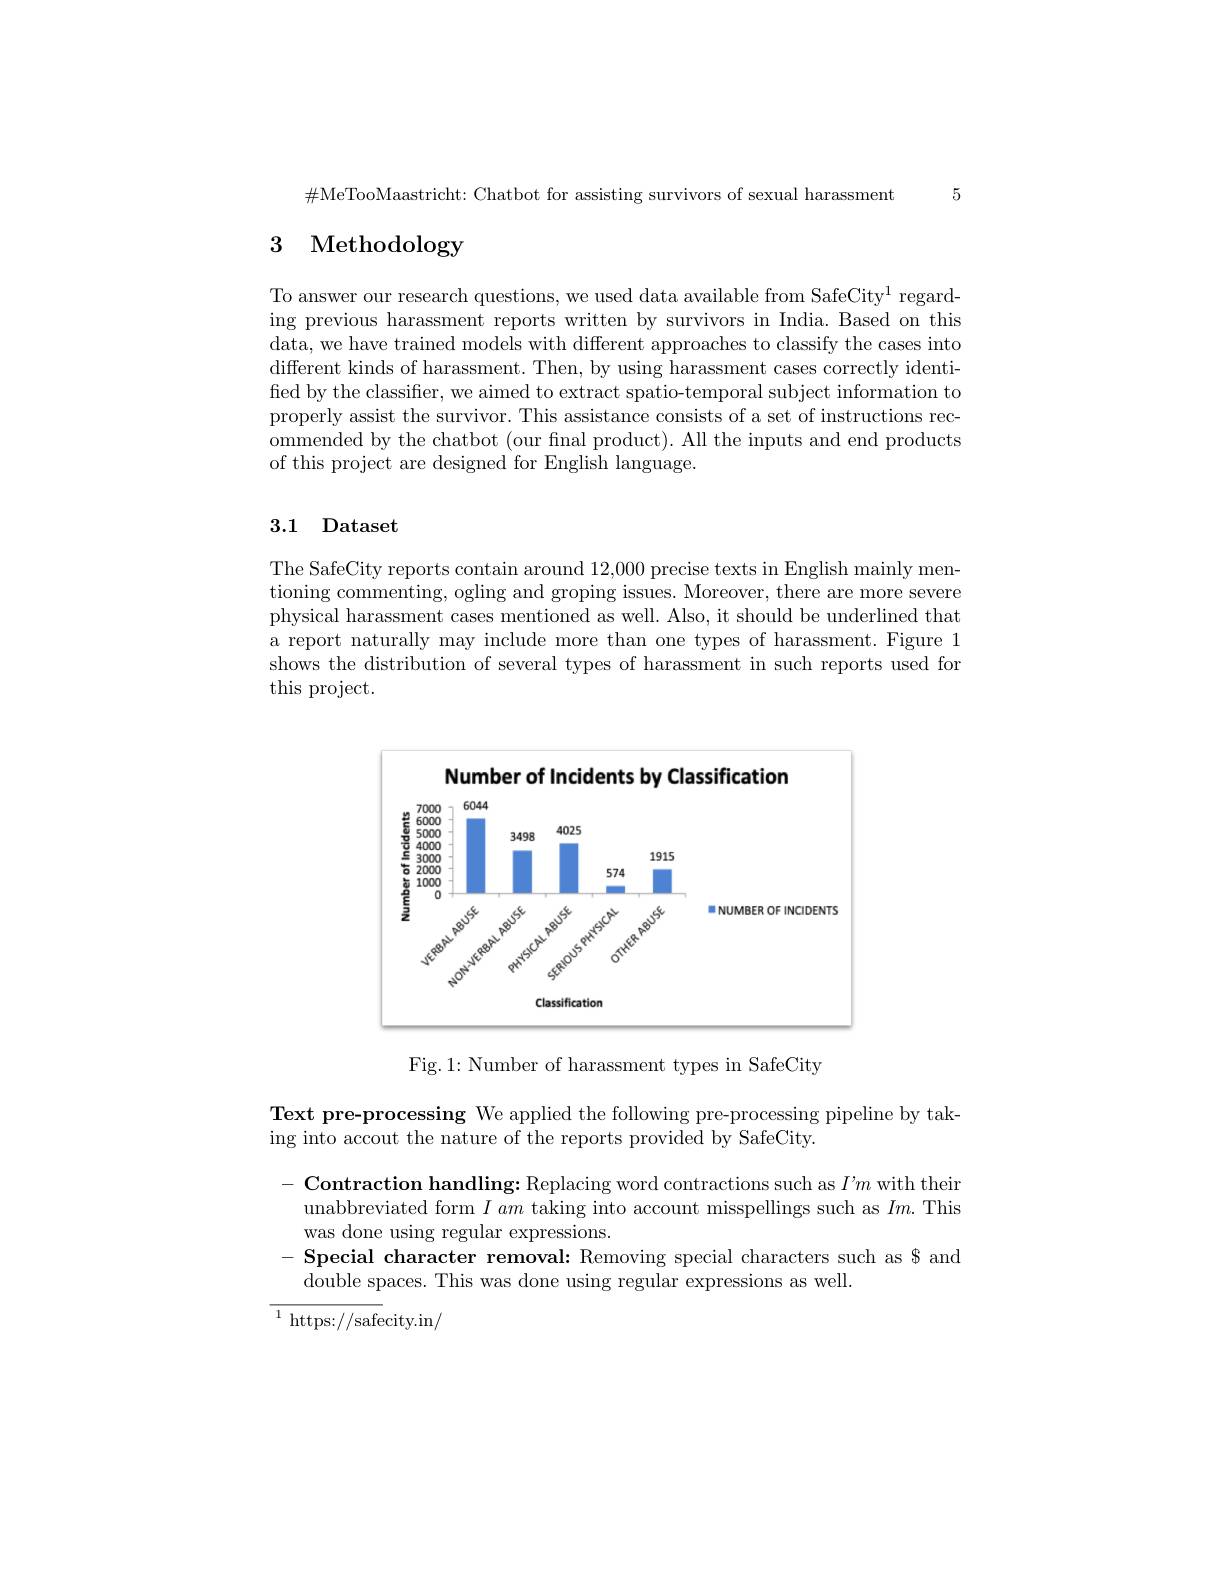
5

$\#$MeTooMaastricht: Chatbot for assisting survivors of sexual harassment

# 3 Methodology

To answer our research questions, we used data available from SafeCity$^1$ regarding previous harassment reports written by survivors in India. Based on this data, we have trained models with different approaches to classify the cases into different kinds of harassment. Then, by using harassment cases correctly identified by the classifier, we aimed to extract spatio-temporal subject information to properly assist the survivor. This assistance consists of a set of instructions recommended by the chatbot (our fnal product). All the inputs and end products of this project are designed for English language.

## 3.1 Dataset

The SafeCity reports contain around 12,000 precise texts in English mainly mentioning commenting, ogling and groping issues. Moreover, there are more severe physical harassment cases mentioned as well. Also, it should be underlined that a report naturally may include more than one types of harassment. Figure 1 shows the distribution of several types of harassment in such reports used for this project.

Number of Incidents by Classification

<FigureHere>

Fig.1: Number of harassment types in SafeCity

Text pre-processing We applied the following pre-processing pipeline by tak-
ing into accout the nature of the reports provided by SafeCity.

$- \textbf{ Contraction handling: Replacing word contractions such as }I’ m$ with their unabbreviated form $I\textit{am taking into account misspellings such as }Im.$ This was done using regular expressions.
- Special character removal: Removing special characters such as $ and
double spaces. This was done using regular expressions as well.
${\overline{{^{1}}\text{https:}//\mathrm{safe}}}$city.in/